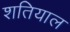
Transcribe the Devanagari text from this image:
शतियाल